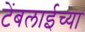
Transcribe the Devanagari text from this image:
टेंबलाईच्या